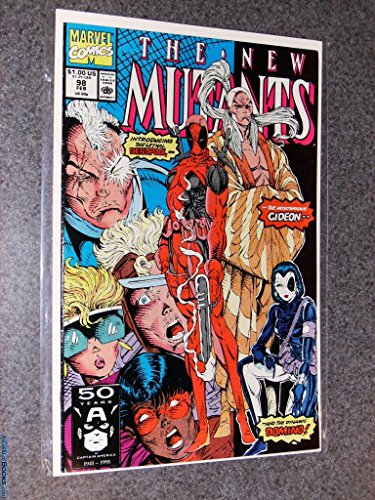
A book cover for The New Mutants, No. 98; Rob Liefeld; Comics & Graphic Novels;